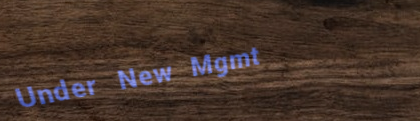
Under New Mgmt